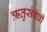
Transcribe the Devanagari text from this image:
ऋतुसंबंधी